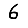
Digit: 6